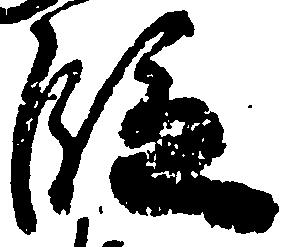
段